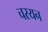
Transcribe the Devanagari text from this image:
चरयन